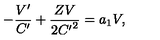
- \frac { V ^ { \prime } } { C ^ { \prime } } + \frac { Z V } { 2 { C ^ { \prime } } ^ { 2 } } = a _ { 1 } V ,